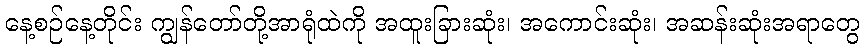
နေ့စဉ်နေ့တိုင်း ကျွန်တော်တို့အာရုံထဲကို အထူးခြားဆုံး၊ အကောင်းဆုံး၊ အဆန်းဆုံးအရာတွေ